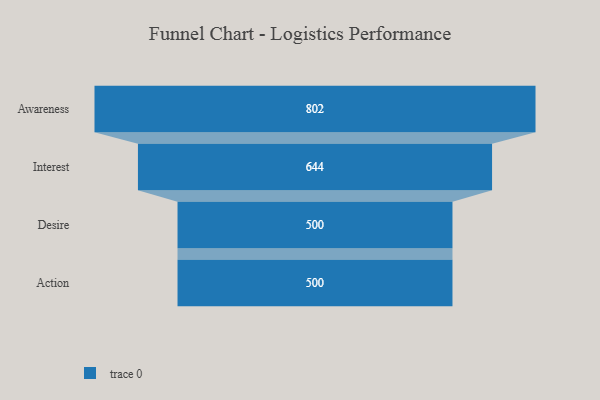
{"axis": {"x": "Stage", "y": "Value"}, "legend": [""], "data": [{"x": "Awareness", "y": 802.0, "type": ""}, {"x": "Interest", "y": 644.0, "type": ""}, {"x": "Desire", "y": 500, "type": ""}, {"x": "Action", "y": 500, "type": ""}]}